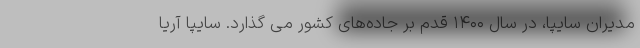
مدیران سایپا، در سال ۱۴۰۰ قدم بر جاده‌های کشور می گذارد. سایپا آریا